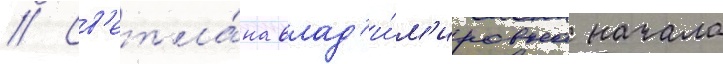
// Св'етла́на влад'и́м'ировна начала